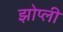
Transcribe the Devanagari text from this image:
झोप्ली